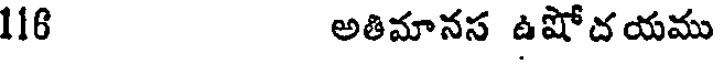
116 అతిమానస ఉషోదయము